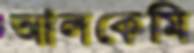
আলকেমি